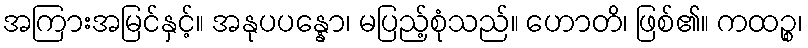
အကြားအမြင်နှင့်။ အနုပပန္နော၊ မပြည့်စုံသည်။ ဟောတိ၊ ဖြစ်၏။ ကထဉ္စ၊